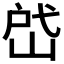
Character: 𰎣